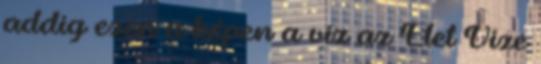
addig ezen a képen a víz az Élet Vize